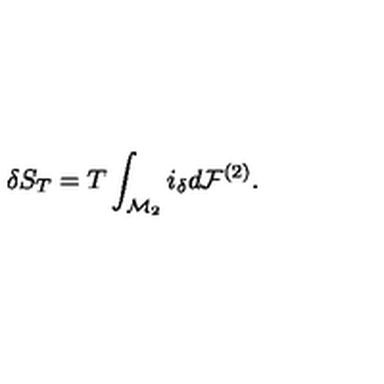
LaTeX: \delta S _ { T } = T \int _ { { \cal M } _ { 2 } } i _ { \delta } d { \cal F } ^ { ( 2 ) } .